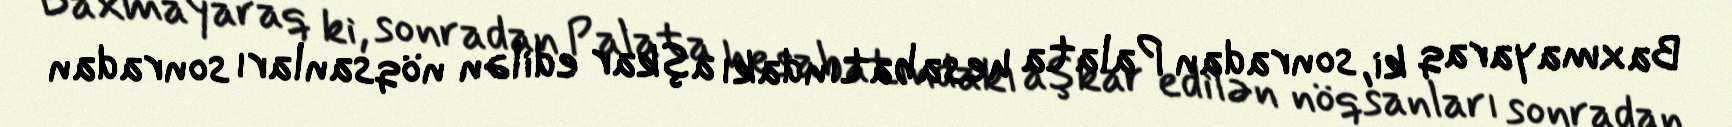
Baxmayaraq ki, sonradan Palata hesabatındakı aşkar edilən nöqsanları sonradan